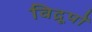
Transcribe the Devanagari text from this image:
विद्रूपों